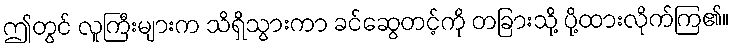
ဤတွင် လူကြီးများက သိရှိသွားကာ ခင်ဆွေတင့်ကို တခြားသို့ ပို့ထားလိုက်ကြ၏။